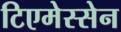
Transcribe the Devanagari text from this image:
टिएमेस्सेन